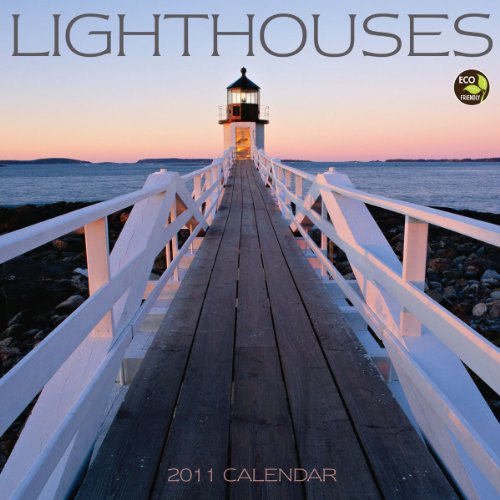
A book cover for Lighthouses 2011 Wall Calendar; TF Publishing; Calendars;